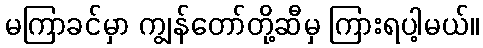
မကြာခင်မှာ ကျွန်တော်တို့ဆီမှ ကြားရပါ့မယ်။